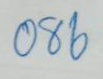
086